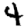
Digit: 4